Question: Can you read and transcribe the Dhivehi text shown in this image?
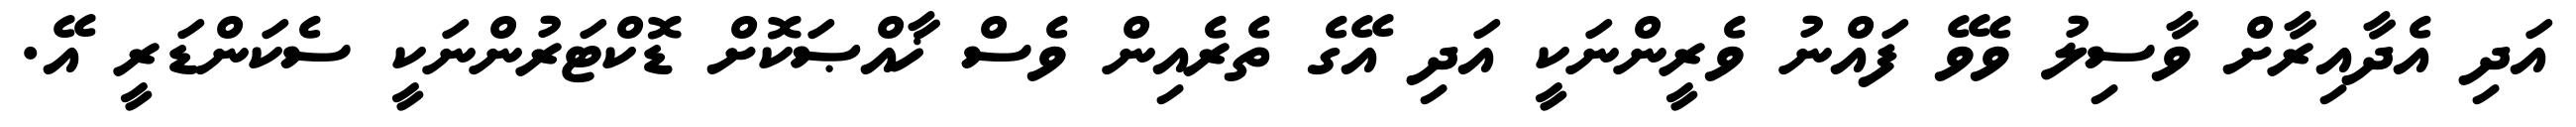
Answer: އަދި އެދާއިރާށް ވާސިލު ވެވޭ ފައްނު ވެރީންނަކީ އަދި އޭގެ ތެރެއިން ވެސް ޚާއްޞަކޮށް ޑޮކްޓަރުންނަކީ ސެކަންޑަރީ އޭ.